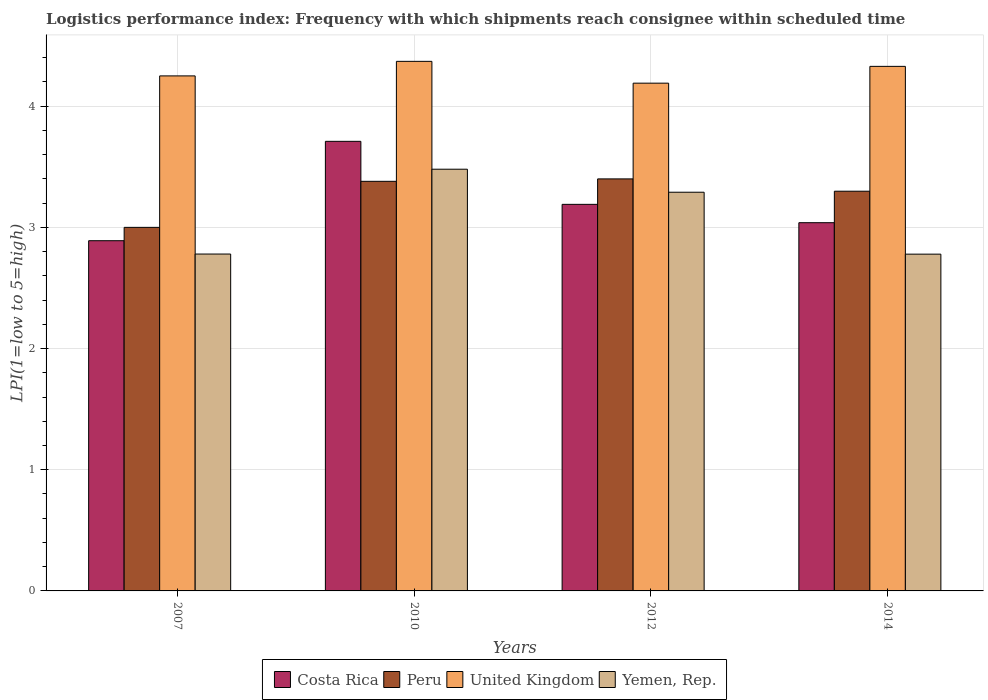
| Years | Costa Rica | Peru | United Kingdom | Yemen, Rep. |
 | --- | --- | --- | --- | --- |
 | 2007 | 2.89 | 3 | 4.25 | 2.78 |
 | 2010 | 3.71 | 3.38 | 4.37 | 3.48 |
 | 2012 | 3.19 | 3.4 | 4.19 | 3.29 |
 | 2014 | 3.04 | 3.3 | 4.33 | 2.78 |